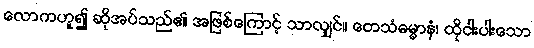
လောကဟူ၍ ဆိုအပ်သည်၏ အဖြစ်ကြောင့် သာလျှင်။ တေသံဓမ္မာနံ၊ ထိုငါးပါးသော